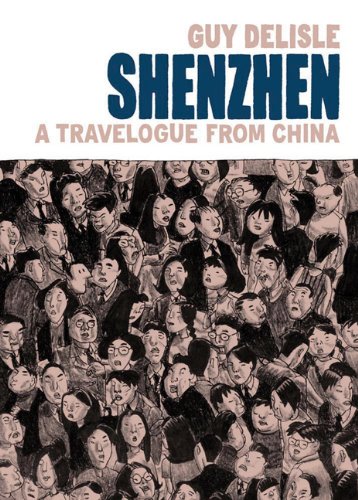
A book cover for Shenzhen: A Travelogue from China; Guy Delisle; Comics & Graphic Novels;